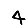
Digit: 4